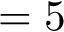
= 5